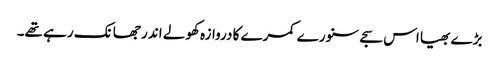
بڑے بھیا اس سجے سنورے کمرے کا دروازہ کھولے اندر جھانک رہے تھے۔